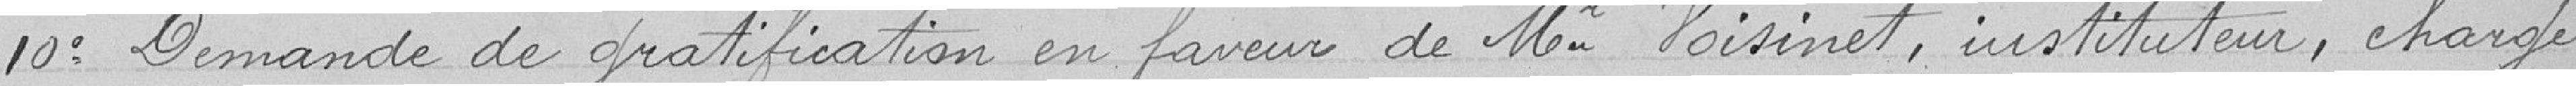
10° Demande de gratification en faveur de M. Voisinet, instituteur, chargé